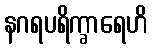
နဂရပရိက္ခာရေဟိ